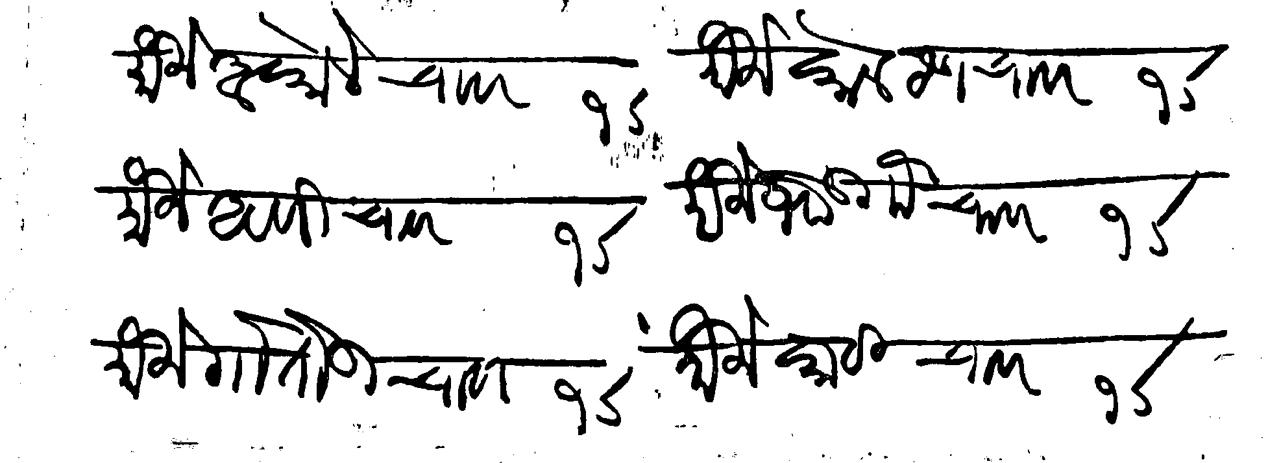
Transliteration (Devanagari): मौजे अकोले चावर १σ मौजे कोलठण चावर १σ मौजे अवणी चावर १σ मौजे भोड गौ चावर १σ मौजे गोतौडी चावर १σ मौजे काठी चावर १σ